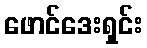
ဖောင်ဒေးရှင်း